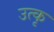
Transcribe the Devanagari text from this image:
उत्कृ